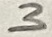
Text: 3